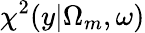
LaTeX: \chi^{2}(y|\Omega_{m},\omega)